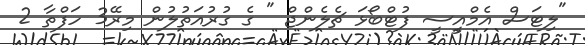
"ލިޓަސް އެމްއީސީ ފުޓްބޯޅަ ޗެލެންޖް " ގެ ގުރުއަތުލުން މިރޭ3 ހަފްތާ 2